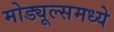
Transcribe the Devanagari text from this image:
मोड्यूल्समध्ये